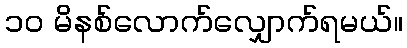
၁၀ မိနစ်လောက်လျှောက်ရမယ်။